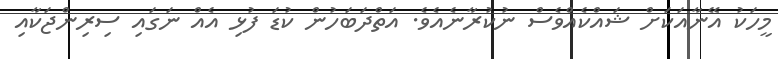
މީހަކު އޭނާއަކަށް ޝައްކެއްވެސް ނުކުރާނެއެވެ. އަތްދަބަހުން ކުޑަ ފުޅި އެއް ނަގައި ސިރިންޖަކާއި